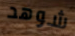
شوهد